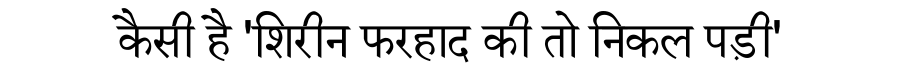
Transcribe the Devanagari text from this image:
कैसी है 'शिरीन फरहाद की तो निकल पड़ी'